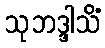
သုဘဒ္ဒါသိံ